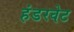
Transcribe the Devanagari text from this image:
हंडरवेट